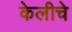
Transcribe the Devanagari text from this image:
केलीचे